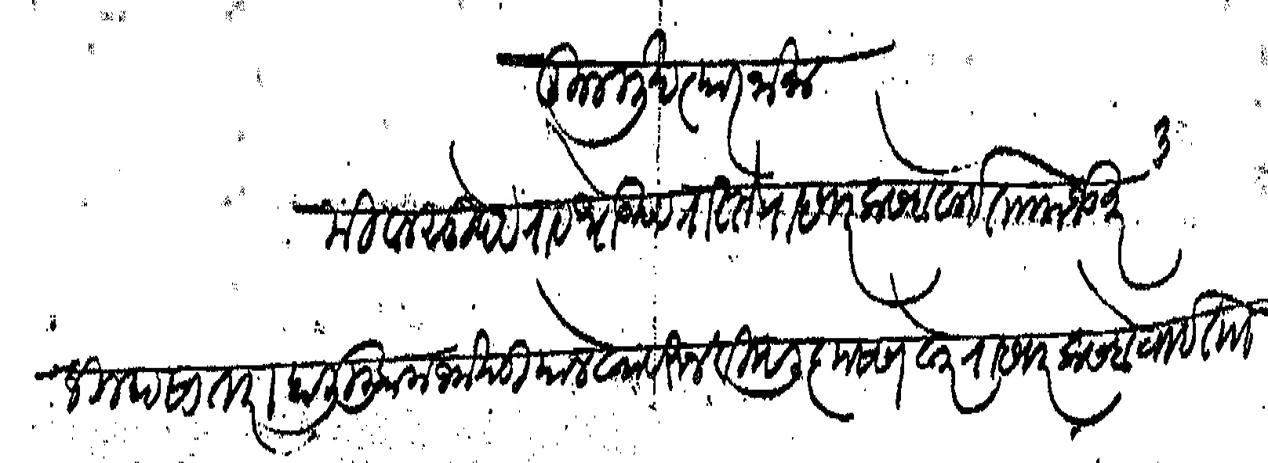
Transliteration (Devanagari): कुल मुखत्यारनामा मी वासुदेवराव धोडदेव रास्ते राहणार कसबे वाई ता मजकूर जिल्हा सातारा हाली मुकाम जमखडी यालेखावरून विष्णु कृष्ण वोकार राहणार कसबे वाई ता